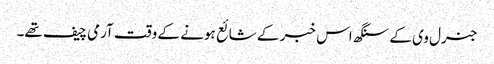
جنرل وی کے سنگھ اس خبر کے شائع ہونے کے وقت آرمی چیف تھے۔